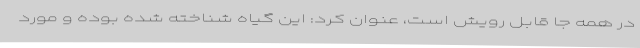
در همه جا قابل رویش است، عنوان کرد: این گیاه شناخته شده بوده و مورد